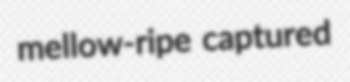
mellow-ripe captured